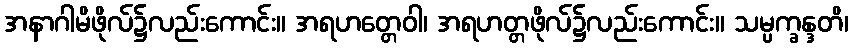
အနာဂါမိဖိုလ်၌လည်းကောင်း။ အရဟတ္တေဝါ၊ အရဟတ္တဖိုလ်၌လည်းကောင်း။ သမ္ပက္ခန္ဒတိ၊